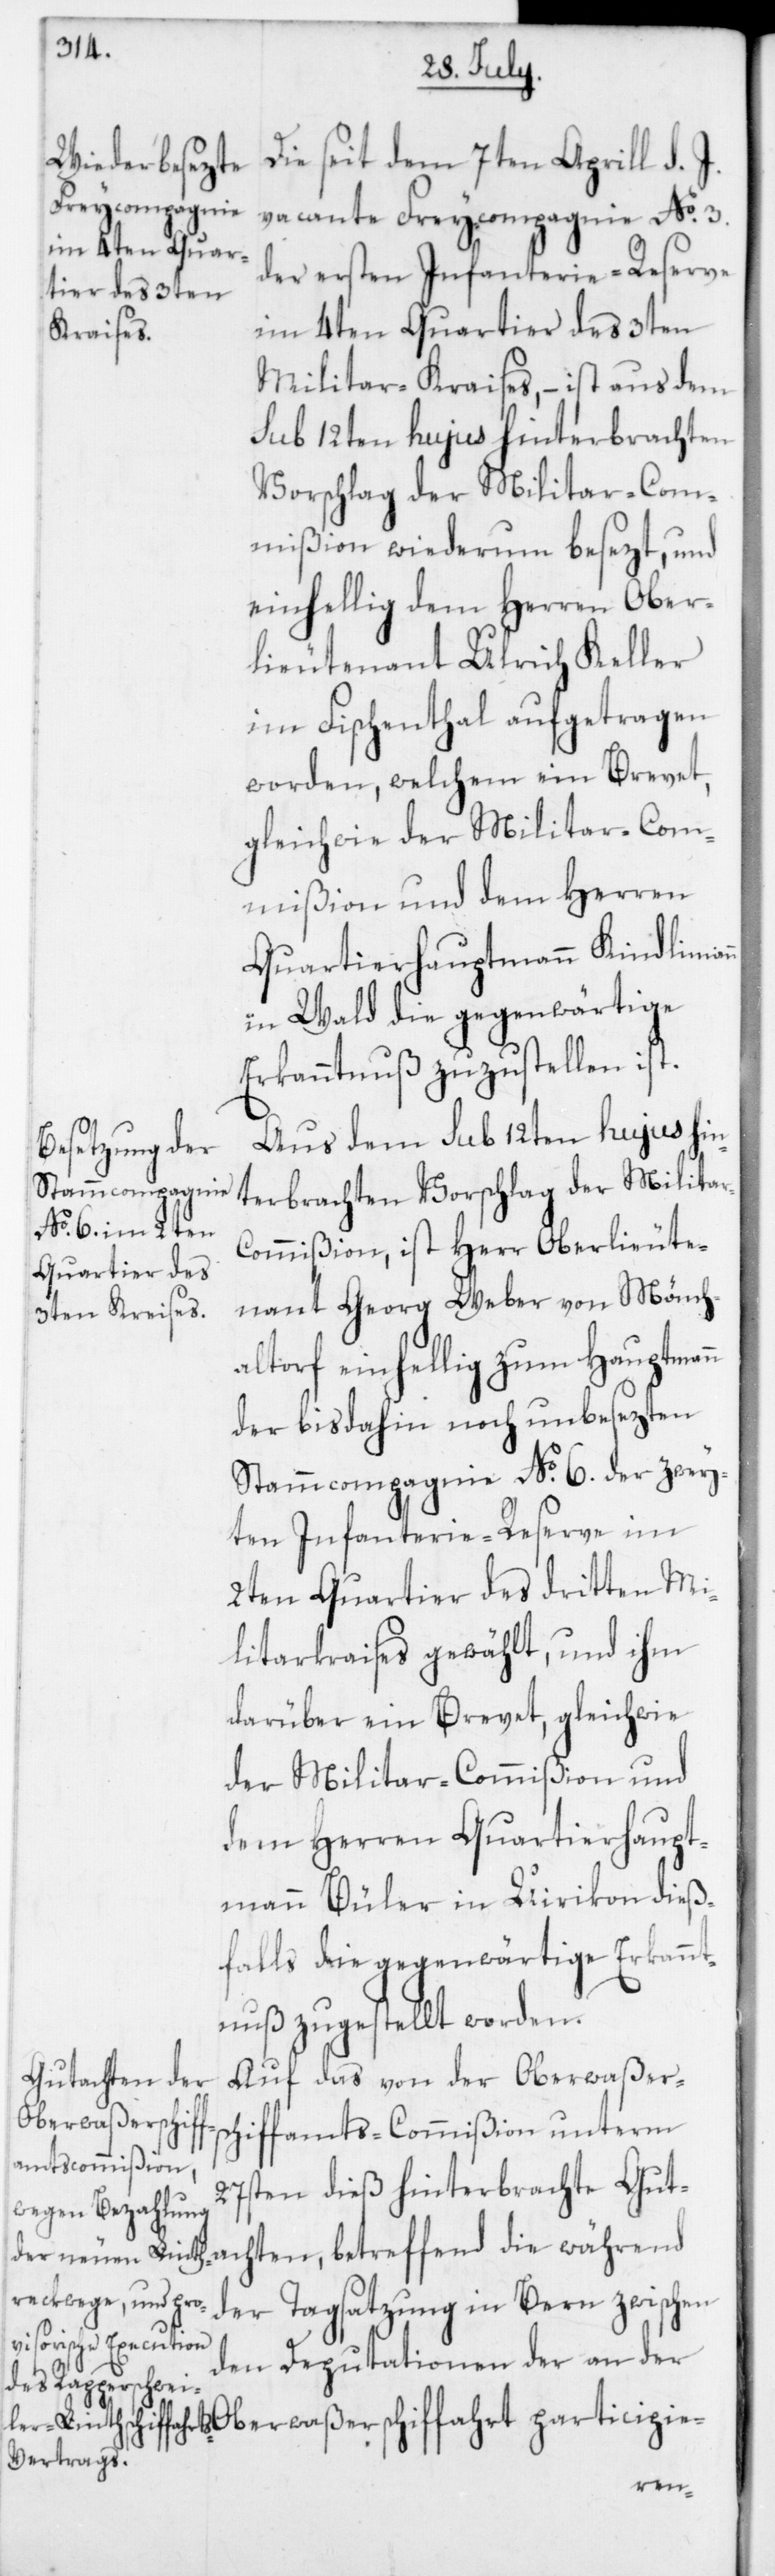
Die seit dem 7ten Aprill d. J.
vacante Freycompagnie No 3.
der ersten Infanterie-Reserve
im 4ten Quartier des 3ten
Militar-Kraises, – ist aus dem
sub 12ten hujus hinterbrachten
Vorschlag der Militar-C¬
mißion wiederum besezt, und
einhellig dem Herren Ober¬
lieutenant Ulrich Keller
im Fischenthal aufgetragen
worden, welchem ein Brevet,
gleichwie der Militar-Com¬
mißion und dem Herren
Quartierhauptmann Kindlimann
in Wald die gegenwärtige
Erkanntnuß zuzustellen ist.
ommißion, ist Herr Oberlieute¬
nant Georg Weber von Mönch¬
altorf einhellig zum Hauptmann
der bis dahin noch unbesezten
Stammcompagnie No 6. der zwey¬
ten Infanterie-Reserve im
2ten Quartier des dritten Mi¬
litarkraises gewählt, und ihm
darüber ein Brevet, gleichwie
der Militar-Commißion und
dem Herren Quartierhaupt¬
mann Bühler in Uirikon dieß¬
falls die gegenwärtige Erkannt¬
nuß zugestellt worden.
Auf das von der Oberwaßers¬
Oberwaßerschif¬
chiffamts-Commißion unterm
27sten dieß hinterbrachte Gut¬
achten, betreffend die während
der Tagsatzung in Bern zwischen
den Deputationen der an der
ffahrt